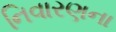
નિવારણના